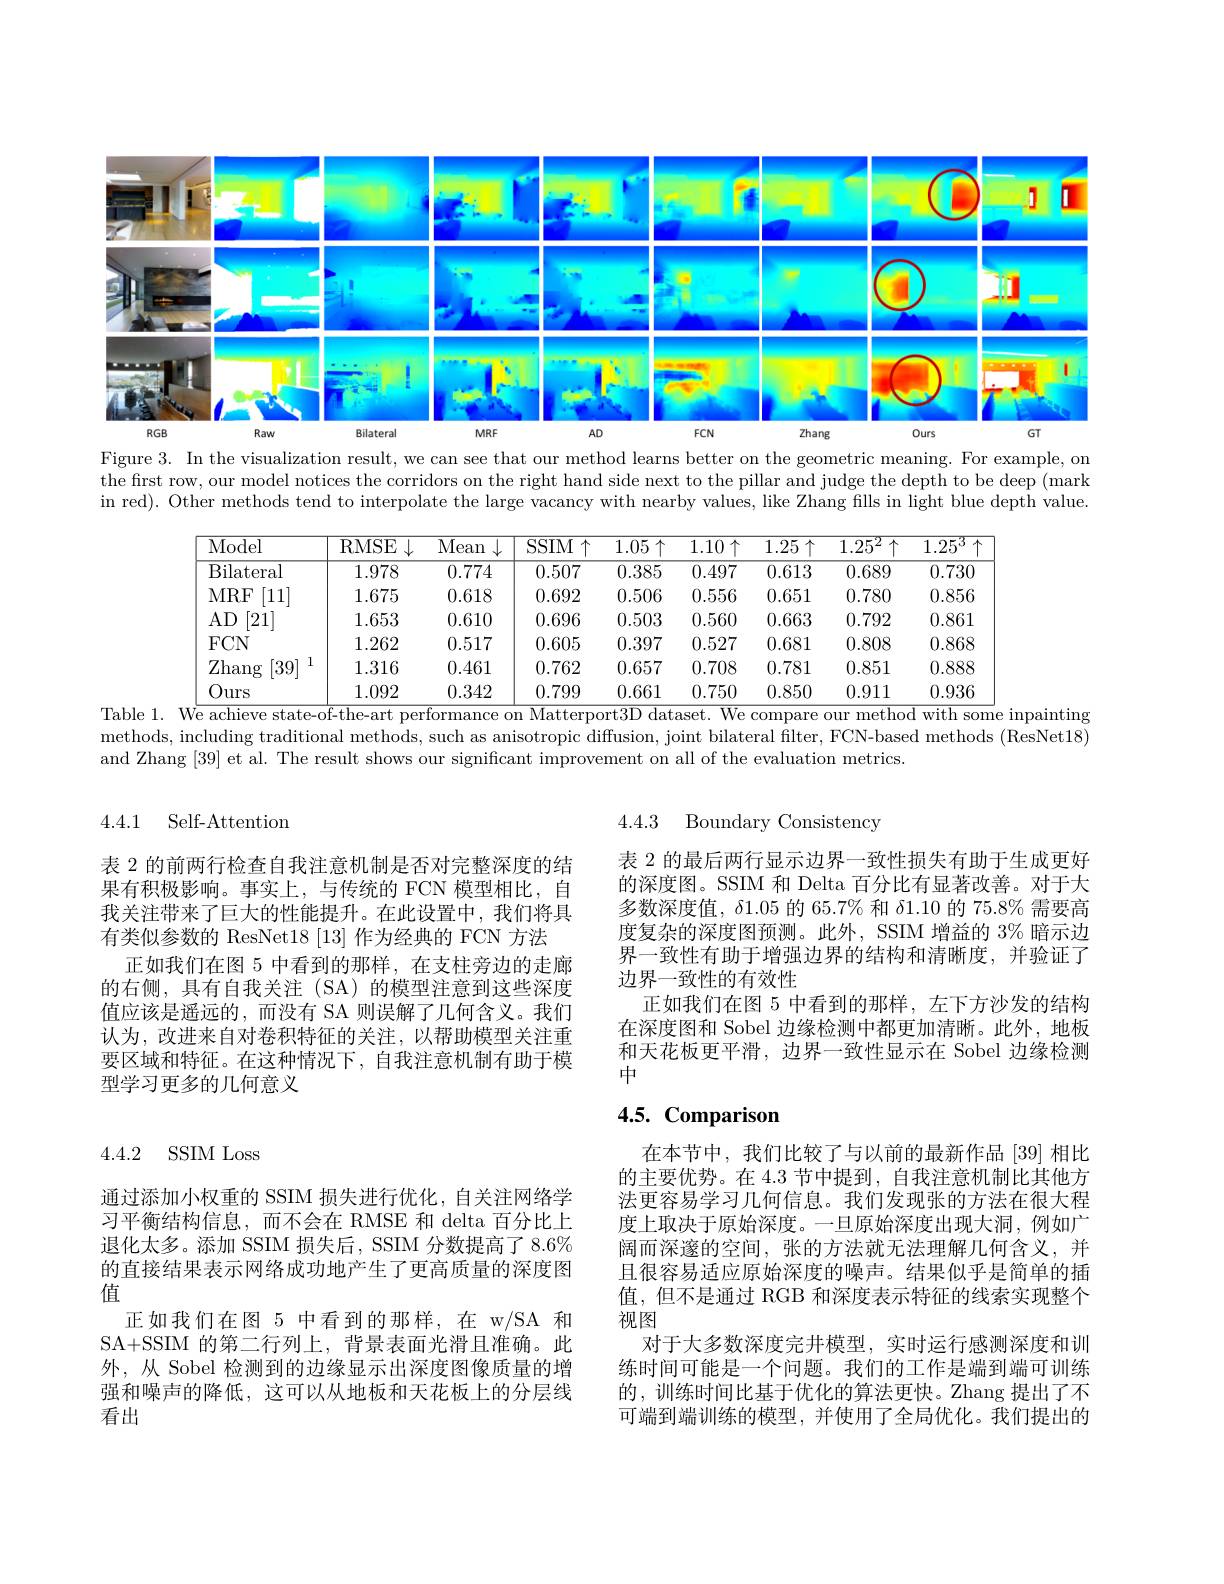
<FigureHere>
Figure 3. In the visualization result, we can see that our method learns better on the geometric meaning. For example, on

the first row, our model notices the corridors on the right hand side next to the pillar and judge the depth to be deep (mark in red). Other methods tend to interpolate the large vacancy with nearby values, like Zhang fills in light blue depth value.

<table>
	<tbody>
		<tr>
			<th>Model</th>
			<th>RMSE $\downarrow$</th>
			<th>Mean $\downarrow$</th>
			<th>$SSIM$ $I\uparrow$</th>
			<th>$1.05\uparrow$</th>
			<th>$1.10\uparrow$</th>
			<th>$1.25\uparrow$</th>
			<th>$\overline{1.25^2\uparrow}$</th>
			<th>$1.25^{3}$</th>
		</tr>
		<tr>
			<td>Bilateral</td>
			<td>1.978</td>
			<td>0.774</td>
			<td>0.507</td>
			<td>0.385</td>
			<td>0.497</td>
			<td>0.613</td>
			<td>0.689</td>
			<td>0.730</td>
		</tr>
		<tr>
			<td>MRF [11]</td>
			<td>1.675</td>
			<td>0.618</td>
			<td>0.692</td>
			<td>0.506</td>
			<td>0.556</td>
			<td>0.651</td>
			<td>0.780</td>
			<td>0.856</td>
		</tr>
		<tr>
			<td>$AD$ [21]</td>
			<td>1.653</td>
			<td>0.610</td>
			<td>0.696</td>
			<td>0.503</td>
			<td>0.560</td>
			<td>0.663</td>
			<td>0.792</td>
			<td>0.861</td>
		</tr>
		<tr>
			<td>$FCN$</td>
			<td>1.262</td>
			<td>0.517</td>
			<td>0.605</td>
			<td>0.397</td>
			<td>0.527</td>
			<td>0.681</td>
			<td>0.808</td>
			<td>0.868</td>
		</tr>
		<tr>
			<td>Zhang [39] 1</td>
			<td>1.316</td>
			<td>0.461</td>
			<td>0.762</td>
			<td>0.657</td>
			<td>0.708</td>
			<td>0.781</td>
			<td>0.851</td>
			<td>0.888</td>
		</tr>
		<tr>
			<td>Ours</td>
			<td>1.092</td>
			<td>0.342</td>
			<td>0.799</td>
			<td>0.661</td>
			<td>0.750</td>
			<td>0.850</td>
			<td>0.911</td>
			<td>0.936</td>
		</tr>
	</tbody>
</table>
Table 1. We achieve state-of-the-art performance on Matterport3D dataset. We compare our method with some inpainting

methods, including traditional methods, such as anisotropic diffusion, joint bilateral filter, FCN-based methods (ResNet18)
and Zhang [39] et al. The result shows our significant improvement on all of the evaluation metrics.

4.4.1 Self-Attention

表 2 的前两行检查自我注意机制是否对完整深度的结果有积极影响。事实上，与传统的 FCN 模型相比，自我关注带来了巨大的性能提升。在此设置中，我们将具有类似参数的 ResNet18 [13] 作为经典的 FCN 方法
正如我们在图 5 中看到的那样，在支柱旁边的走廊的右侧，具有自我关注(SA)的模型注意到这些深度值应该是遥远的，而没有 SA 则误解了几何含义。我们认为，改进来自对卷积特征的关注，以帮助模型关注重要区域和特征。在这种情况下，自我注意机制有助于模型学习更多的几何意义

4.4.3 Boundary Consistency

表 2 的最后两行显示边界一致性损失有助于生成更好的深度图。SSIM 和 Delta 百分比有显著改善。对于大多数深度值，$\delta1.05$的 65.7% 和$\delta1.10$的 75.8% 需要高度复杂的深度图预测。此外，SSIM 增益的 3% 暗示边界一致性有助于增强边界的结构和清晰度，并验证了边界一致性的有效性
正如我们在图 5 中看到的那样，左下方沙发的结构在深度图和 Sobel 边缘检测中都更加清晰。此外，地板和天花板更平滑，边界一致性显示在 Sobel 边缘检测中

# 4.5. Comparison

在本节中，我们比较了与以前的最新作品[39]相比的主要优势。在 4.3 节中提到，自我注意机制比其他方法更容易学习几何信息。我们发现张的方法在很大程度上取决于原始深度。一旦原始深度出现大洞，例如广阔而深邃的空间，张的方法就无法理解几何含义，并且很容易适应原始深度的噪声。结果似乎是简单的插值，但不是通过 RGB 和深度表示特征的线索实现整个视图
对于大多数深度完井模型，实时运行感测深度和训练时间可能是一个问题。我们的工作是端到端可训练的，训练时间比基于优化的算法更快。Zhang 提出了不可端到端训练的模型，并使用了全局优化。我们提出的

4.4.2 SSIM Loss

通过添加小权重的 SSIM 损失进行优化，自关注网络学习平衡结构信息，而不会在 RMSE 和 delta 百分比上退化太多。添加 SSIM 损失后，SSIM 分数提高了 8.6% 的直接结果表示网络成功地产生了更高质量的深度图值
正如我们在图 5 中看到的那样，在 w/SA 和SA+SSIM 的第二行列上，背景表面光滑且准确。此外，从 Sobel 检测到的边缘显示出深度图像质量的增强和噪声的降低，这可以从地板和天花板上的分层线看出